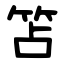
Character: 笘